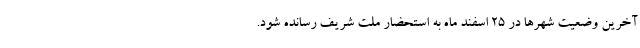
آخرین وضعیت شهرها در ۲۵ اسفند ماه به استحضار ملت شریف رسانده شود.